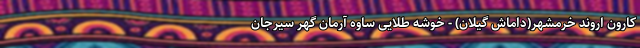
کارون اروند خرمشهر(داماش گیلان) - خوشه طلایی ساوه آرمان گهر سیرجان